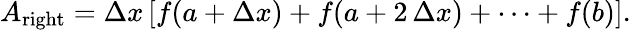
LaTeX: A_{\mathrm{right}}=\Delta x\left[f(a+\Delta x)+f(a+2\, \Delta x)+\cdots+f(b)\right].